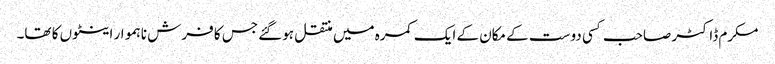
مکرم ڈاکٹر صاحب کسی دوست کے مکان کے ایک کمرہ میں منتقل ہوگئے جس کا فرش ناہموار اینٹوں کا تھا۔